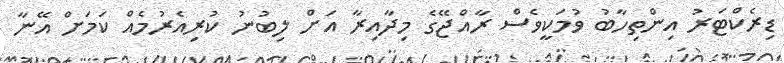
ޑިރެކްޓަރު އިންތިހާބު ވުމަކީވެސް ރާއްޖޭގެ މިދާއިރާ އަށް ލިބުނު ކުރިއެރުމެއް ކަމަށް އޭނާ